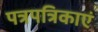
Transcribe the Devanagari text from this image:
पत्रपत्रिकाएं